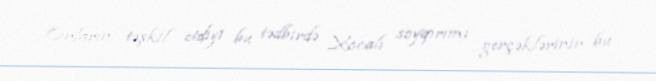
Onların təşkil etdiyi bu tədbirdə Xocalı soyqırımı gerçəklərinin bu